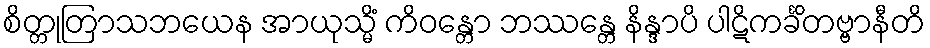
စိတ္တုတြာသဘယေန အာယုသ္မိံ ကိဝန္တော ဘဿန္တေ နိန္ဒာပိ ပါဋိကင်္ခိတဗ္ဗာနီတိ